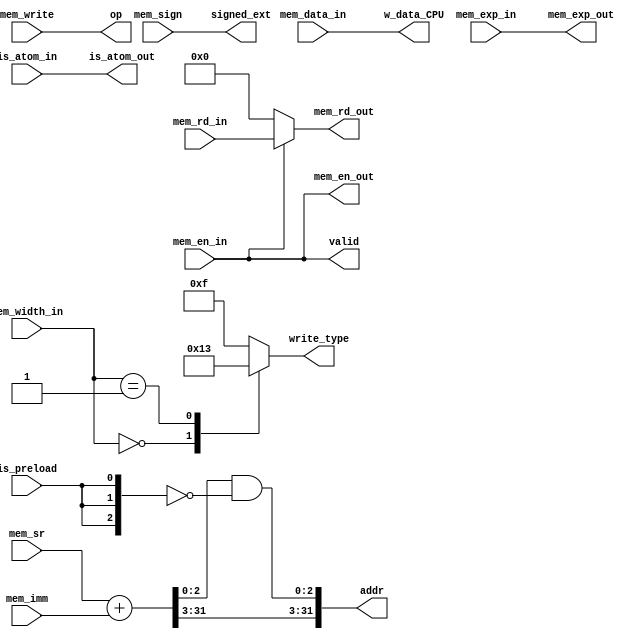
module mem0 (
    //从exe0段输入
    input  [4:0]       mem_rd_in,
    input  [31:0]      mem_data_in,
    input  [ 0:0 ]     mem_en_in,
    input  [ 31:0 ]    mem_sr,
    input  [ 31:0 ]    mem_imm,
    input  [ 0:0 ]     mem_write,
    input  [ 1:0 ]     mem_width_in,
    input  [6:0]       mem_exp_in,
    input  [0:0]       mem_sign,
    input  [0:0]       is_atom_in,
    input              is_preload,
    //向cache输出
    output [0:0]       valid,                 //    valid request
    output [0:0]       op,                    //    write: 1, read: 0
    output [31:0]      addr,
    output reg [ 3:0 ] write_type,          //    byte write enable
    output [ 31:0 ]    w_data_CPU,         //    write data
    output [0:0]       is_atom_out,
    //向exe0段后输出
    output [6:0]       mem_exp_out,
    output [4:0]       mem_rd_out,
    output [0:0]       mem_en_out,
    output [0:0]       signed_ext
);
    assign valid = mem_en_in;
    assign op    = mem_write;
    wire [31:0] addr_tmp = mem_sr + mem_imm;
    assign addr  = {addr_tmp[31:3],addr_tmp[2:0]&~{3{is_preload}}};

    always @(*) begin
        case (mem_width_in)
            0:       write_type = 'b0001;
            1:       write_type = 'b0011;
            2:       write_type = 'b1111;
            default: write_type = 'b1111;
        endcase
    end
    assign is_atom_out  = is_atom_in;
    assign w_data_CPU   = mem_data_in;
    assign mem_en_out   = mem_en_in;
    assign mem_exp_out  = mem_exp_in;
    assign mem_rd_out   = mem_en_out?mem_rd_in:0;
    assign signed_ext   = mem_sign;
endmodule
module mem1 (
    //从exe0段后输入
    input [6:0]    mem_exp_in,
    input [4:0]    mem_rd_in,
    input [0:0]    mem_en_in,
    //从cache输入
    //input addr_valid,                  //    read: addr has been accepted; write: addr and data have been accepted
    input [0:0]    data_valid,                   //    read: data has returned; write: data has been written in
    input [ 31:0 ] r_data_CPU,          //    read data to CPU
    input [31:0]   cache_badv_in,
    input [6:0]    cache_exception,
    `ifdef CLAP_CONFIG_DIFFTEST
    input [31:0]vaddr_diff_in,
    input [31:0]paddr_diff_in,
    input [31:0]data_diff_in,
    `endif
    //向exe1后输出
    output [6:0]   mem_exp_out,
    output [4:0]   mem_rd_out,
    output [31:0]  mem_data_out,
    output [0:0]   mem_en_out,
    output [31:0]  cache_badv_out,
    `ifdef CLAP_CONFIG_DIFFTEST
    output [31:0] vaddr_diff_out,
    output [31:0] paddr_diff_out,
    output [31:0] data_diff_out,
    `endif
    //向全局输出
    output [0:0]   stall_by_cache
);

    assign stall_by_cache = mem_en_in&!(data_valid | (|cache_exception));
    assign mem_exp_out         = mem_exp_in|cache_exception;

    assign mem_data_out        = {32{mem_en_out}}&{32{data_valid}}&r_data_CPU;
    assign mem_rd_out          = {5{mem_en_out}}&mem_rd_in;
    assign mem_en_out          = mem_en_in;
    assign cache_badv_out      = {32{mem_en_in}}&cache_badv_in;

`ifdef CLAP_CONFIG_DIFFTEST
assign vaddr_diff_out={32{data_valid}}&vaddr_diff_in;
assign paddr_diff_out={32{data_valid}}&paddr_diff_in;
assign data_diff_out={32{data_valid}}&data_diff_in;
`endif

endmodule